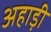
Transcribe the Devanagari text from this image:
अहाड़ी